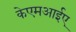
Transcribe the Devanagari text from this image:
केएमआईए